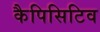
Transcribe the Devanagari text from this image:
कैपिसिटिव